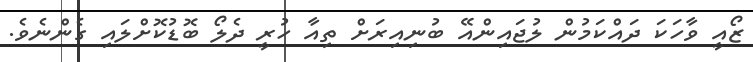
ޒޯއީ ވާހަކަ ދައްކަމުން ލުޖައިންއޭ ބުނިއިރަށް ތިއާ ހުރީ ދެލޯ ބޮޑުކޮށްލައި ގެންނެވެ.